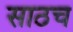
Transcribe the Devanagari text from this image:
साठच